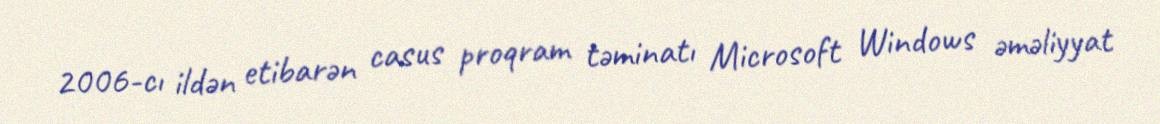
2006-cı ildən etibarən casus proqram təminatı Microsoft Windows əməliyyat